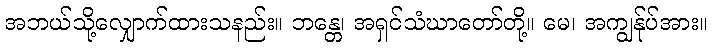
အဘယ်သို့လျှောက်ထားသနည်း။ ဘန္တေ၊ အရှင်သံဃာတော်တို့။ မေ၊ အကျွန်ုပ်အား။